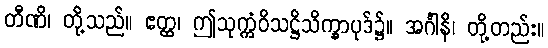
တီဏိ၊ တို့သည်။ ဧတ္ထ၊ ဤသုက္ကံဝိသဋ္ဌိသိက္ခာပုဒ်၌။ အင်္ဂါနိ၊ တို့တည်း။